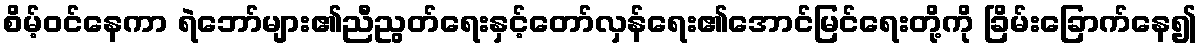
စိမ့်ဝင်နေကာ ရဲဘော်များ၏ညီညွတ်ရေးနှင့်တော်လှန်ရေး၏အောင်မြင်ရေးတို့ကို ခြိမ်းခြောက်နေ၍